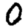
Digit: 0